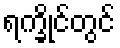
ရက္ခိုင်တွင်